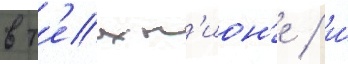
в т'ехн'ион'е / и́